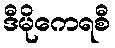
ဒီမိုကေရစီ